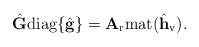
LaTeX: \begin{align*}\hat{\mathbf{G}}{\rm diag}\{\hat{\mathbf{g}}\}=\mathbf{A}_{\rm r}{\rm mat}(\hat{\mathbf{h}}_{\rm v}).\end{align*}